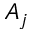
A _ { j }